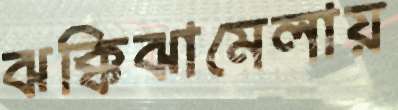
ঝক্কিঝামেলায়